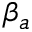
\beta _ { a }